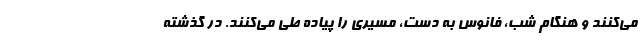
می‌کنند و هنگام شب، فانوس به دست، مسیری را پیاده طی می‌کنند. در گذشته